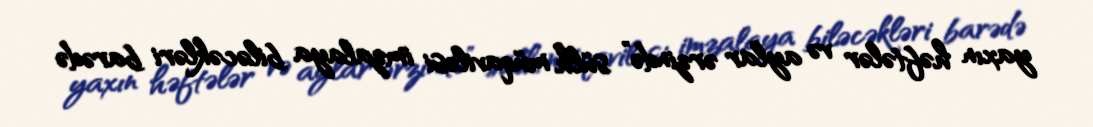
yaxın həftələr və aylar ərzində” sülh müqaviləsi imzalaya biləcəkləri barədə